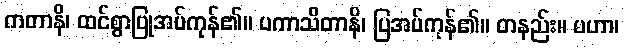
ကတာနိ၊ ထင်စွာပြုအပ်ကုန်၏။ ပကာသိတာနိ၊ ပြအပ်ကုန်၏။ တနည်း။ မဟာ၊